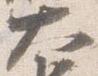
大